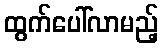
ထွက်ပေါ်လာမည့်